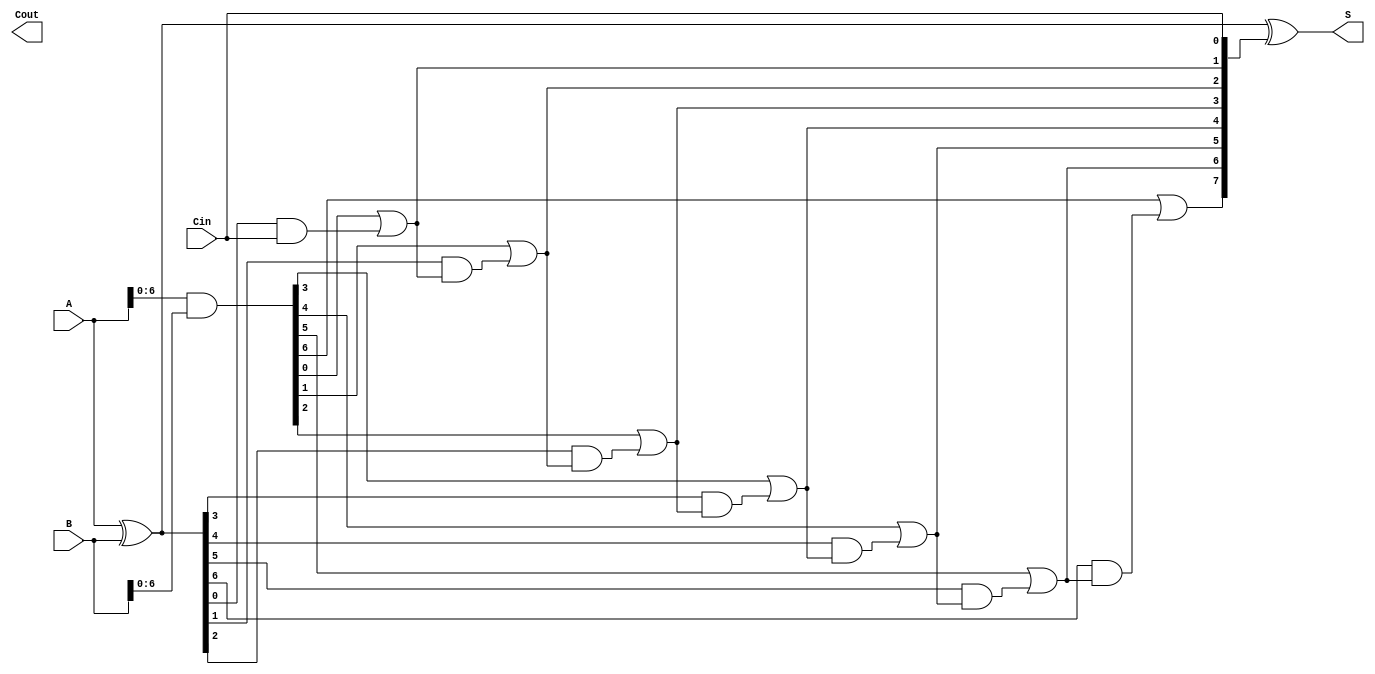
module SklanskyAdder #(
    parameter WIDTH = 8 // Width of the adder (number of bits)
)(
    input  wire [WIDTH-1:0] A,      // First operand
    input  wire [WIDTH-1:0] B,      // Second operand
    input  wire Cin,                 // Carry-in
    output wire [WIDTH-1:0] S,       // Sum output
    output wire Cout                 // Carry-out
);

    // Generate and Propagate signals
    wire [WIDTH-1:0] G; // Generate
    wire [WIDTH-1:0] P; // Propagate
    wire [WIDTH:0] C;   // Carry (C[0] is Cin)

    // Generate and Propagate logic
    assign G = A & B;         // G[i] = A[i] & B[i]
    assign P = A ^ B;         // P[i] = A[i] ^ B[i]

    // Carry Initialization
    assign C[0] = Cin; // C[0] = Cin

    // Carry Generation using Sklansky method (logarithmic depth)
    genvar i;
    generate
        // First stage of carry generation
        for (i = 1; i < WIDTH; i = i + 1) begin : carry_gen_first_stage
            assign C[i] = G[i-1] | (P[i-1] & C[i-1]);
        end
    endgenerate

    // Additional stages (for larger WIDTH, add additional stages as necessary)
    generate
        if (WIDTH > 2) begin
            for (i = 2; i < WIDTH; i = i + 1) begin : carry_gen_subsequent_stages
                assign C[i] = G[i-1] | (P[i-1] & C[i-1]);
            end
        end
    endgenerate

    // Sum Calculation
    assign S = P ^ C[WIDTH-1:0]; // S[i] = P[i] ^ C[i-1]

    // Carry-out
    assign Cout = C[WIDTH]; // Final carry-out

endmodule